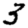
Digit: 3